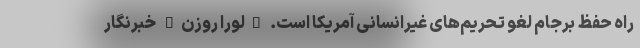
راه حفظ برجام لغو تحریم‌های غیرانسانی آمریکا است. "لورا روزن" خبرنگار